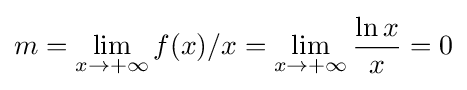
m=\lim _{x\rightarrow +\infty }f(x)/x=\lim _{x\rightarrow +\infty }{\frac {\ln x}{x}}=0